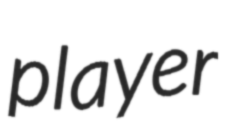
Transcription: player